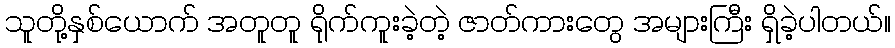
သူတို့နှစ်ယောက် အတူတူ ရိုက်ကူးခဲ့တဲ့ ဇာတ်ကားတွေ အများကြီး ရှိခဲ့ပါတယ်။